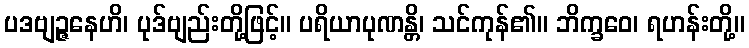
ပဒဗျဉ္ဇနေဟိ၊ ပုဒ်ဗျည်းတို့ဖြင့်။ ပရိယာပုဏန္တိ၊ သင်ကုန်၏။ ဘိက္ခဝေ၊ ရဟန်းတို့။